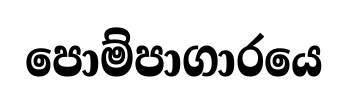
පොම්පාගාරයෙ